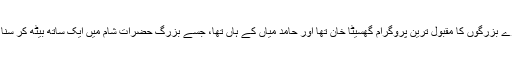
اسی طرح بڑے بزرگوں کا مقبول ترین پروگرام گھسیٹا خان تھا اور حامد میاں کے ہاں تھا، جسے بزرگ حضرات شام میں ایک ساتھ بیٹھ کر سنا کرتے تھے۔